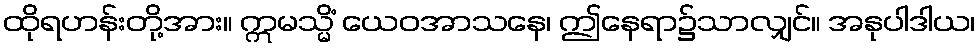
ထိုရဟန်းတို့အား။ ဣမသ္မိံ ယေဝအာသနေ၊ ဤနေရာ၌သာလျှင်။ အနုပါဒါယ၊